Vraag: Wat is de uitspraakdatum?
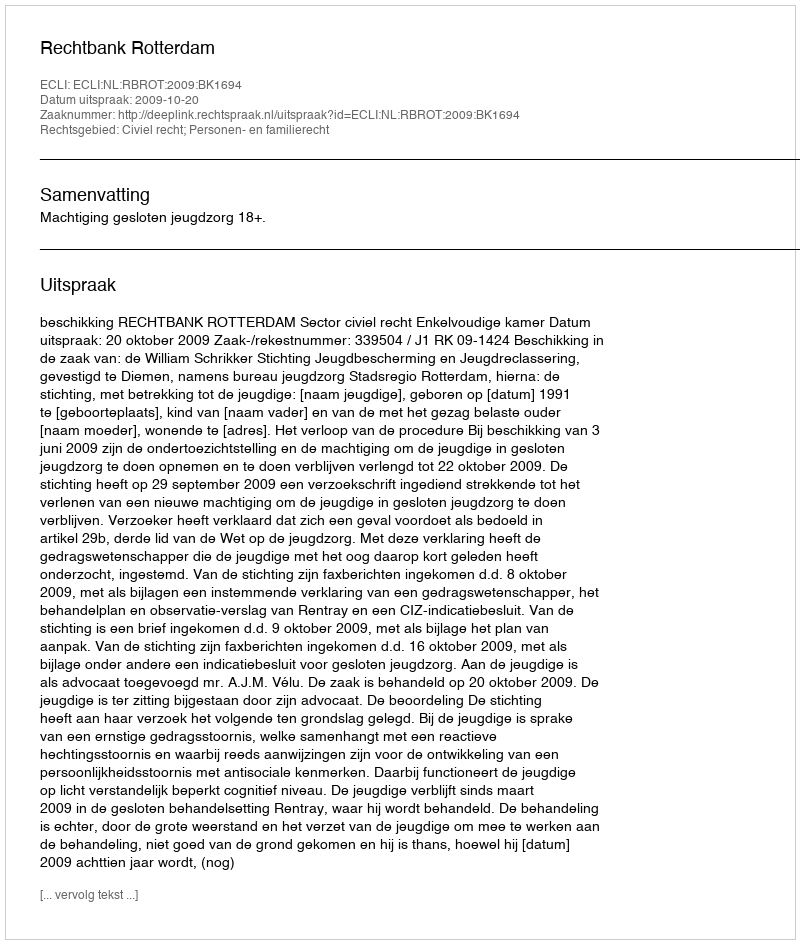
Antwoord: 2009-10-20